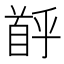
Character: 𫗶